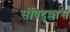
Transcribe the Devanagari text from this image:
संविदुल्लास